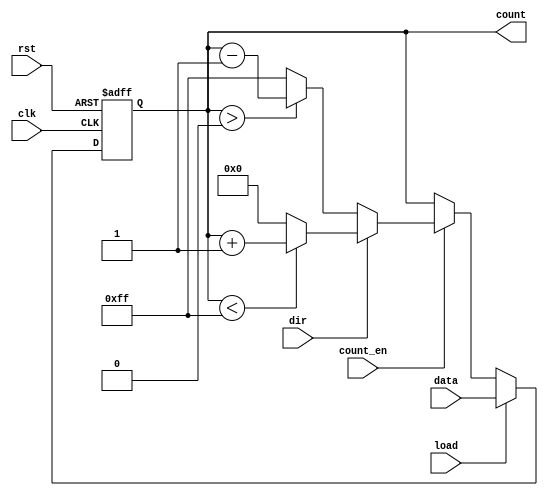
module loadable_counter (
    input wire clk,          // Clock signal
    input wire rst,          // Reset signal (active-high)
    input wire load,         // Load signal (active-high)
    input wire [7:0] data,   // Data input bus (8-bit data for loading)
    input wire count_en,     // Count Enable signal (active-high)
    input wire dir,          // Direction signal (1 for up, 0 for down)
    output reg [7:0] count   // Count output bus (8-bit count)
);

    // Define maximum and minimum values for 8-bit counter
    localparam MAX_COUNT = 8'hFF; // 255
    localparam MIN_COUNT = 8'h00;  // 0

    always @(posedge clk or posedge rst) begin
        if (rst) begin
            // Reset the counter to 0
            count <= MIN_COUNT;
        end else if (load) begin
            // Load the new value into the counter
            count <= data;
        end else if (count_en) begin
            // Counting logic
            if (dir) begin
                // Count up
                if (count < MAX_COUNT) begin
                    count <= count + 1;
                end else begin
                    count <= MIN_COUNT; // Wrap around if exceeding max
                end
            end else begin
                // Count down
                if (count > MIN_COUNT) begin
                    count <= count - 1;
                end else begin
                    count <= MAX_COUNT; // Wrap around if going below min
                end
            end
        end
    end

endmodule